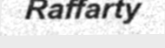
Raffarty